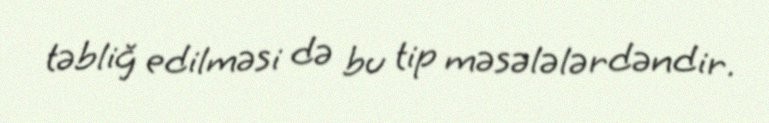
təbliğ edilməsi də bu tip məsələlərdəndir.